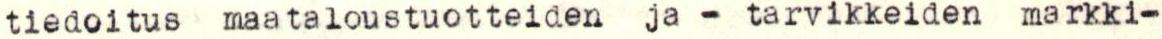
tiedoitus maataloustuotteiden ja - tarvikkeiden markki-